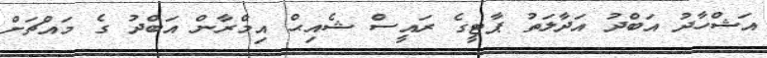
އަޝްހާދު އަބްދު އަދާލަތު ޕާޓީގެ ރައީސް ޝެއިޙް އިމްރާން އަބްދު ގެ މައްޗަށް